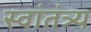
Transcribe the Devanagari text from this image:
स्वांतंत्र्य